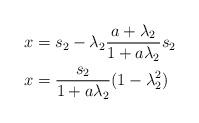
LaTeX: \begin{align*}x &= s_2 - \lambda_2 \frac{a+\lambda_2}{1+a\lambda_2}s_2 \\x &= \frac{s_2}{1+a\lambda_2} (1-\lambda_2^2) \end{align*}